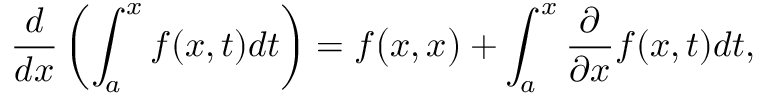
{ \frac { d } { d x } } \left( \int _ { a } ^ { x } f ( x , t ) d t \right) = f { \big ( } x , x { \big ) } + \int _ { a } ^ { x } { \frac { \partial } { \partial x } } f ( x , t ) d t ,